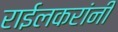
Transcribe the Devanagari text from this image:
राईलकरांनी